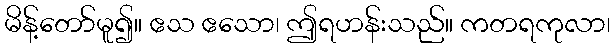
မိန့်တော်မူ၍။ ဧသ ဧသော၊ ဤရဟန်းသည်။ ကတရကုလာ၊